画像に写った文字を読んでください
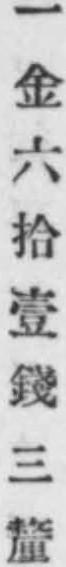
「一金六拾壹錢三釐」と書いてあります